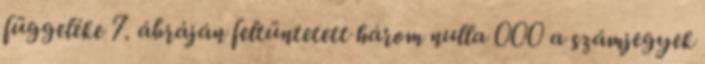
függeléke 7. ábráján feltüntetett három nulla 000 a számjegyek